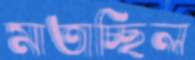
মাতাচ্ছিল